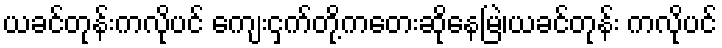
ယခင်တုန်းကလိုပင် ကျေးငှက်တို့ကတေးဆိုနေမြဲ၊ယခင်တုန်း ကလိုပင်